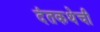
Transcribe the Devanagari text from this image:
दंतकथेची